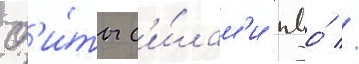
сб'и́ты с'и́лам'и пво́ //